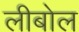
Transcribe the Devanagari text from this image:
लीबोल